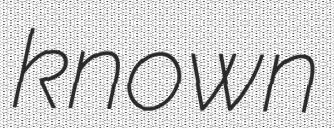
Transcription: known